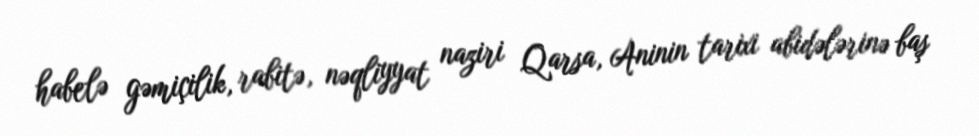
habelə gəmiçilik, rabitə, nəqliyyat naziri Qarsa, Aninin tarixi abidələrinə baş